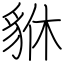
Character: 貅